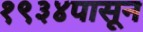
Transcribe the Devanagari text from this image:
१९३४पासून